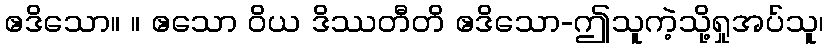
ဧဒိသော။ ။ ဧသော ဝိယ ဒိဿတီတိ ဧဒိသော-ဤသူကဲ့သို့ရှုအပ်သူ၊